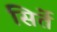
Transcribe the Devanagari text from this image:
सिर्ते